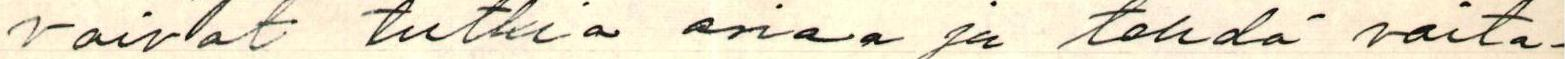
voivat tutkia asiaa ja tehdä voita-